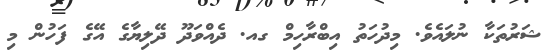
ޝަރުތަކާ ނުލައެވެ. މިދުހަތު އިބްރާހިމް ގއ. ދެއްވަދޫ ދޭލިޔާގެ އޭގެ ފަހުން މި